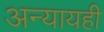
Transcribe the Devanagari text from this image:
अन्यायही